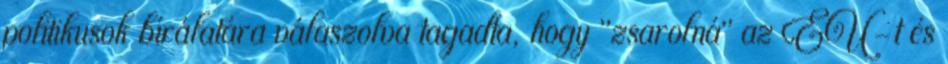
politikusok bírálatára válaszolva tagadta, hogy "zsarolná" az EU-t és